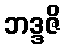
ဘဒ္ဒဇိ